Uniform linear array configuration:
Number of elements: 4
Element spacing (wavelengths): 1
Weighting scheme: hamming
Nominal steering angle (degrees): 30
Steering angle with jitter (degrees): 29.003
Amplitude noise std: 0.05
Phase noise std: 0.05

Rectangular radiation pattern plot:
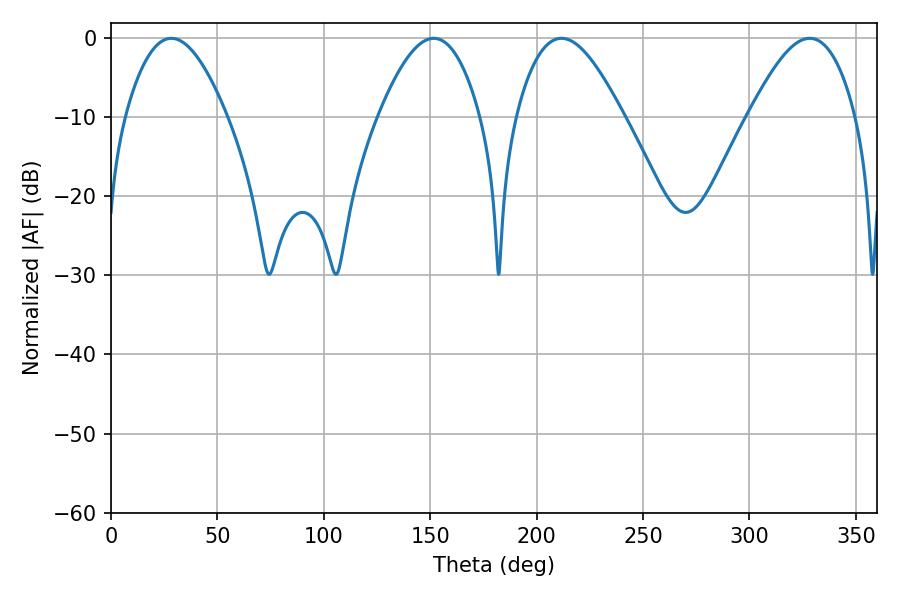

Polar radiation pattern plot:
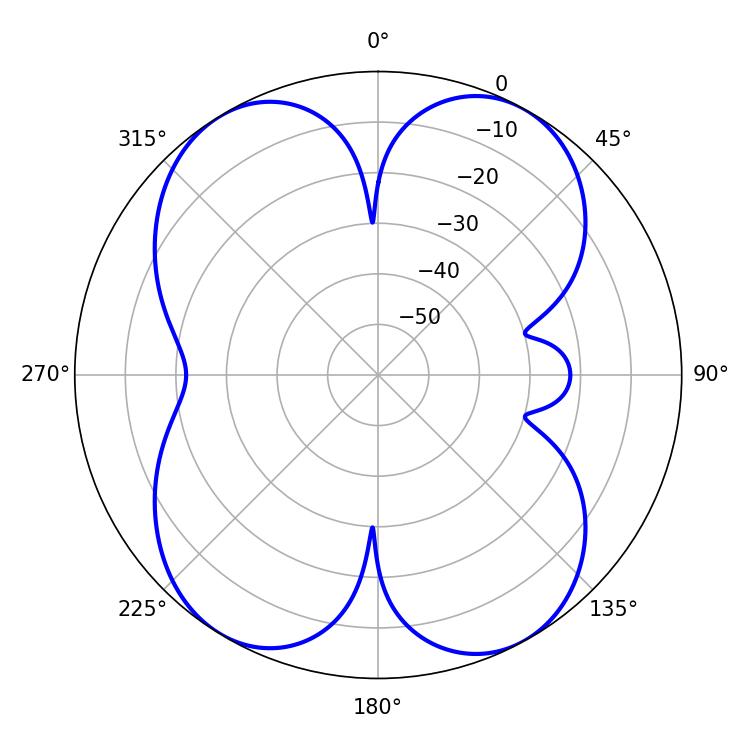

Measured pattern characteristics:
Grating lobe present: TRUE
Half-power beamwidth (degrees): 27.18
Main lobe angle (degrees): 211.68